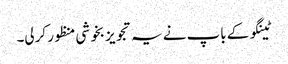
ٹینگو کے باپ نے یہ تجویز بخوشی منظور کرلی۔